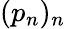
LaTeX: (p_{n})_{n}